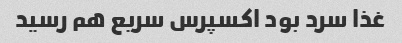
غذا سرد بود اکسپرس سریع هم رسید